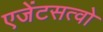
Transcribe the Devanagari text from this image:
एजेंटसत्वो